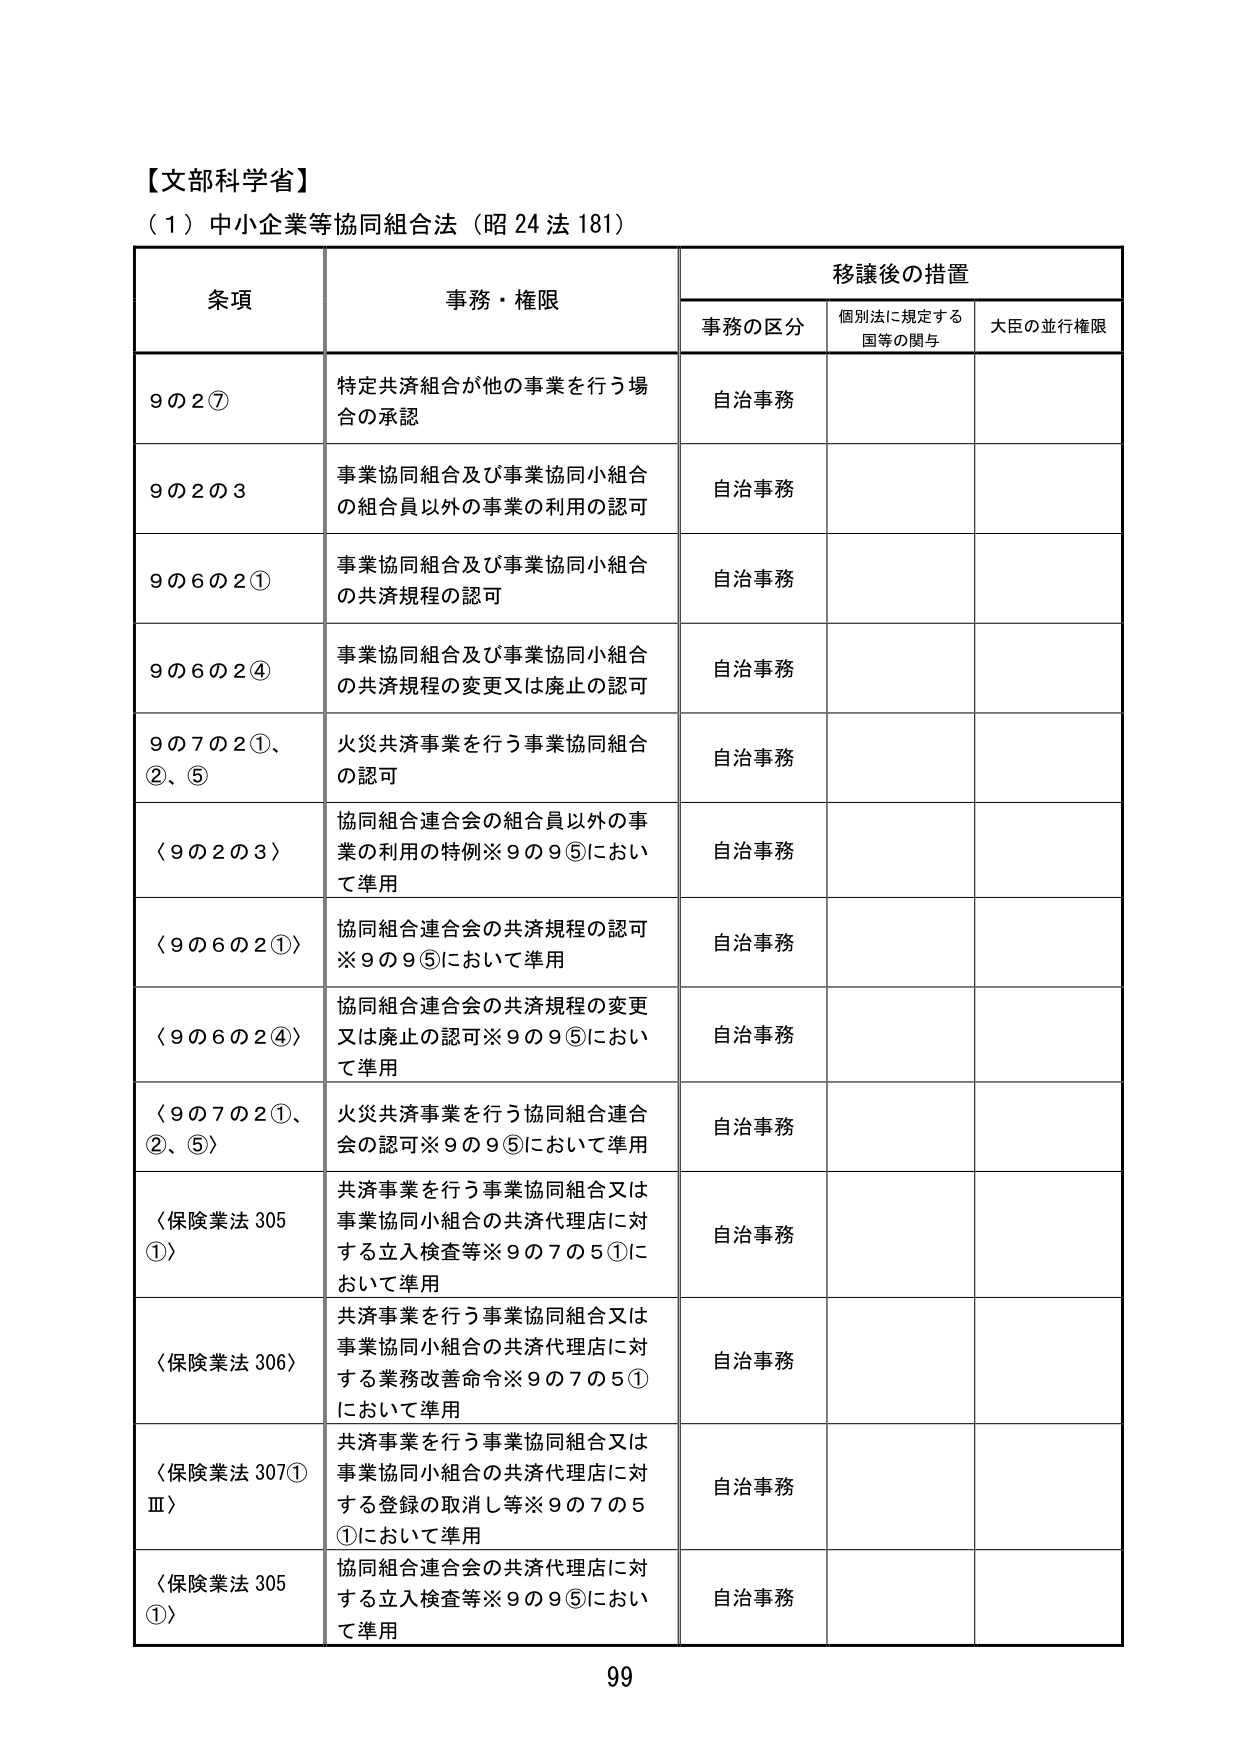
【文部科学省】
（1）中小企業等協同組合法（昭24法181）

条項 事務・権限 移譲後の措置
　　事務の区分 個別法に規定する国等の関与 大臣の並行権限

9の2⑦ 特定共済組合が他の事業を行う場合の承認 自治事務

9の2の3 事業協同組合及び事業協同小組合の組合員以外の事業の利用の認可 自治事務

9の6の2① 事業協同組合及び事業協同小組合の共済規程の認可 自治事務

9の6の2④ 事業協同組合及び事業協同小組合の共済規程の変更又は廃止の認可 自治事務

9の7の2①、②、⑤ 火災共済事業を行う事業協同組合の認可 自治事務

〈9の2の3〉 協同組合連合会の組合員以外の事業の利用の特例※9の9⑤において準用 自治事務

〈9の6の2①〉 協同組合連合会の共済規程の認可※9の9⑤において準用 自治事務

〈9の6の2④〉 協同組合連合会の共済規程の変更又は廃止の認可※9の9⑤において準用 自治事務

〈9の7の2①、②、⑤〉 火災共済事業を行う協同組合連合会の認可※9の9⑤において準用 自治事務

〈保険業法305①〉 共済事業を行う事業協同組合又は事業協同小組合の共済代理店に対する立入検査等※9の7の5①において準用 自治事務

〈保険業法306〉 共済事業を行う事業協同組合又は事業協同小組合の共済代理店に対する業務改善命令※9の7の5①において準用 自治事務

〈保険業法307①Ⅲ〉 共済事業を行う事業協同組合又は事業協同小組合の共済代理店に対する登録の取消し等※9の7の5①において準用 自治事務

〈保険業法305①〉 協同組合連合会の共済代理店に対する立入検査等※9の9⑤において準用 自治事務

99